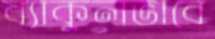
ব্যাকুলভাবে